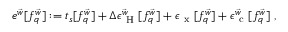
\begin{array} { r } { e ^ { \vec { w } } [ f _ { q } ^ { \vec { w } } ] : = t _ { s } [ f _ { q } ^ { \vec { w } } ] + \Delta \epsilon _ { \mathrm { ~ H ~ } } ^ { \vec { w } } [ f _ { q } ^ { \vec { w } } ] + \epsilon _ { \mathrm { ~ x ~ } } [ f _ { q } ^ { \vec { w } } ] + \epsilon _ { \mathrm { ~ c ~ } } ^ { \vec { w } } [ f _ { q } ^ { \vec { w } } ] \; , } \end{array}